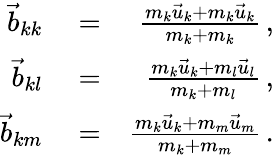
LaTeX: \begin{array}{rlr}{\vec{b}_{kk}}&{{}=}&{\frac{m_{k}\vec{u}_{k}+m_{k}\vec{u}_{k}}{m_{k}+m_{k}}\, ,}\\ {\vec{b}_{kl}}&{{}=}&{\frac{m_{k}\vec{u}_{k}+m_{l}\vec{u}_{l}}{m_{k}+m_{l}}\, ,}\\ {\vec{b}_{km}}&{{}=}&{\frac{m_{k}\vec{u}_{k}+m_{m}\vec{u}_{m}}{m_{k}+m_{m}}\, .}\end{array}